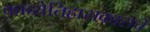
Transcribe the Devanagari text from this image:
काव्येतिहासकाराचे